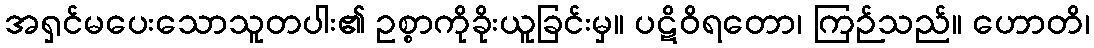
အရှင်မပေးသောသူတပါး၏ ဥစ္စာကိုခိုးယူခြင်းမှ။ ပဋိဝိရတော၊ ကြဉ်သည်။ ဟောတိ၊